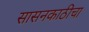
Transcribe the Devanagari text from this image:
सासनकाठीचा